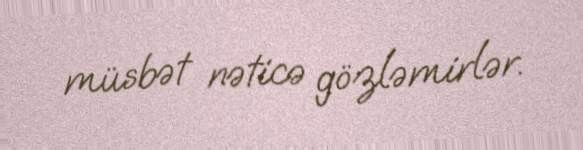
müsbət nəticə gözləmirlər.